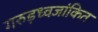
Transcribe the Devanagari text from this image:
गरुड़ध्वजांकित